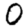
Digit: 0